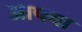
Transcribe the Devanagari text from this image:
आपवा